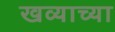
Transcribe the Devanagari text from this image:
खव्याच्या